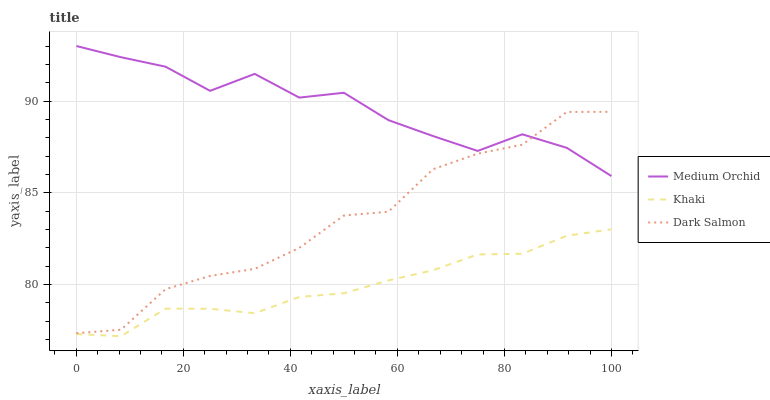
| xaxis_label | Medium Orchid | Khaki | Dark Salmon |
 | --- | --- | --- | --- |
 | 0 | 93 | 77.3 | 77.3 |
 | 8.33 | 92.4 | 77.2 | 77.5 |
 | 16.7 | 91.9 | 78.7 | 79.7 |
 | 25 | 90.6 | 78.7 | 80.5 |
 | 33.3 | 91.5 | 78.4 | 80.9 |
 | 41.7 | 90.2 | 79.3 | 82 |
 | 50 | 90.5 | 79.5 | 83.8 |
 | 58.3 | 89 | 80.2 | 84 |
 | 66.7 | 88.1 | 80.8 | 86.3 |
 | 75 | 87.3 | 81.6 | 87.1 |
 | 83.3 | 88.2 | 81.7 | 87.6 |
 | 91.7 | 87.4 | 82.7 | 89.4 |
 | 100 | 85.9 | 83 | 89.4 |